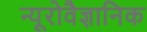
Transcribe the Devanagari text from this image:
न्यूरोवैज्ञानिक